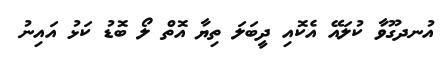
އުނދގޫވާ ކުލައޭ އެކޮއި ދީބަލަ ތިޔާ އޮތް ލޯ ބޮޑު ކަޅު އައިނު